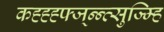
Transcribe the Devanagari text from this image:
कह्ह्ह्फ्ज्न्न्व्सुज्म्हि